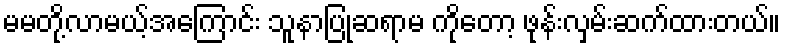
မမတို့လာမယ့်အကြောင်း သူနာပြုဆရာမ ကိုတော့ ဖုန်းလှမ်းဆက်ထားတယ်။